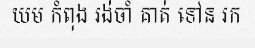
យម កំពុង រង់ចាំ គាត់ ទៅន រក